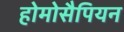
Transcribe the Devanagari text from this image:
होमोसैपियन